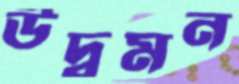
উদ্বমন